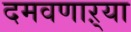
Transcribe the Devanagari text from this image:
दमवणाऱ्या